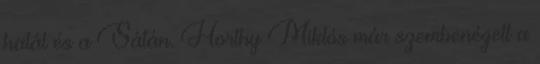
halál és a Sátán. Horthy Miklós már szembenézett a